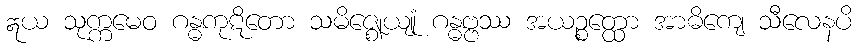
ဣယ သုက္ကမေဝ ဂန္ဓကုဋိတော သမိဇ္ဈေယျုံ ဂန္ဓဗ္ဗဿ အယဉ္စတ္ထော အာဓိကျေ သီလေနပိ